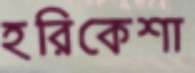
হরিকেশা